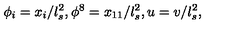
\phi _ { i } = x _ { i } / l _ { s } ^ { 2 } , \phi ^ { 8 } = x _ { 1 1 } / l _ { s } ^ { 2 } , u = v / l _ { s } ^ { 2 } ,